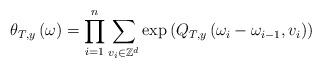
LaTeX: \begin{align*}\theta_{T,y}\left(\omega\right)=\prod_{i=1}^{n}\sum_{v_{i}\in\mathbb{Z}^{d}}\exp\left(Q_{T,y}\left(\omega_{i}-\omega_{i-1},v_{i}\right)\right)\end{align*}